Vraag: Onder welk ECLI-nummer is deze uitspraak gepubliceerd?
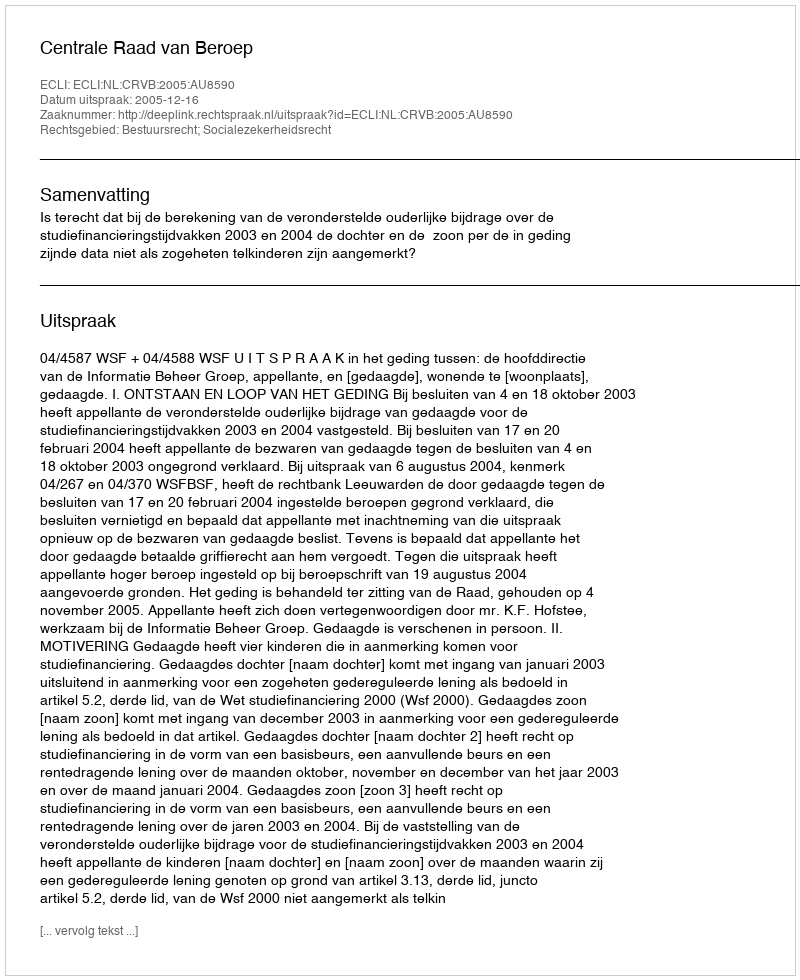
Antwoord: ECLI:NL:CRVB:2005:AU8590